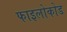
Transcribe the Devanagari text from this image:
फाइलोकोड